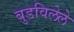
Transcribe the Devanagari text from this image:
बुडविलेले